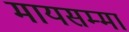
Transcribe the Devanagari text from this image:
मायसम्मा